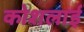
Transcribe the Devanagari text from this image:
कोशलाई